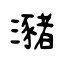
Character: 瀦